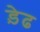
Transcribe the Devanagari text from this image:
ड़ेढ